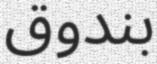
بندوق